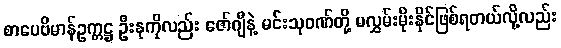
စာပေဗိမာန်ဥက္ကဋ္ဌ ဦးနုကိုလည်း ဇော်ဂျီနဲ့ မင်းသုဝဏ်တို့ မလွှမ်းမိုးနိုင်ဖြစ်ရတယ်လို့လည်း